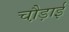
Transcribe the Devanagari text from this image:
चौ़ड़ाई